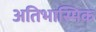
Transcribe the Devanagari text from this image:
अतिभास्मिक